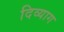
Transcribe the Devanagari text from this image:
दिव्याग